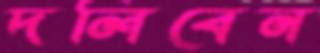
দলিবেন